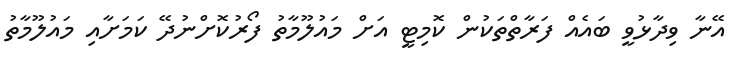
އޭނާ ވިދާޅުވީ ބައެއް ފަރާތްތަކުން ކޮމިޓީ އަށް މައުލޫމާތު ފޯރުކޮށްނުދޭ ކަމަށާއި މައުލޫމާތު